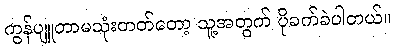
ကွန်ပျူတာမသုံးတတ်တော့ သူ့အတွက် ပိုခက်ခဲပါတယ်။